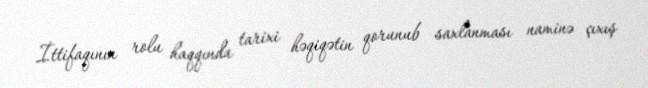
İttifaqının rolu haqqında tarixi həqiqətin qorunub saxlanması naminə çıxış